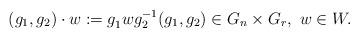
LaTeX: \begin{align*}(g_1,g_2)\cdot w:=g_1^{}wg_2^{-1}(g_1,g_2)\in G_n\times G_r,\ w\in W.\end{align*}